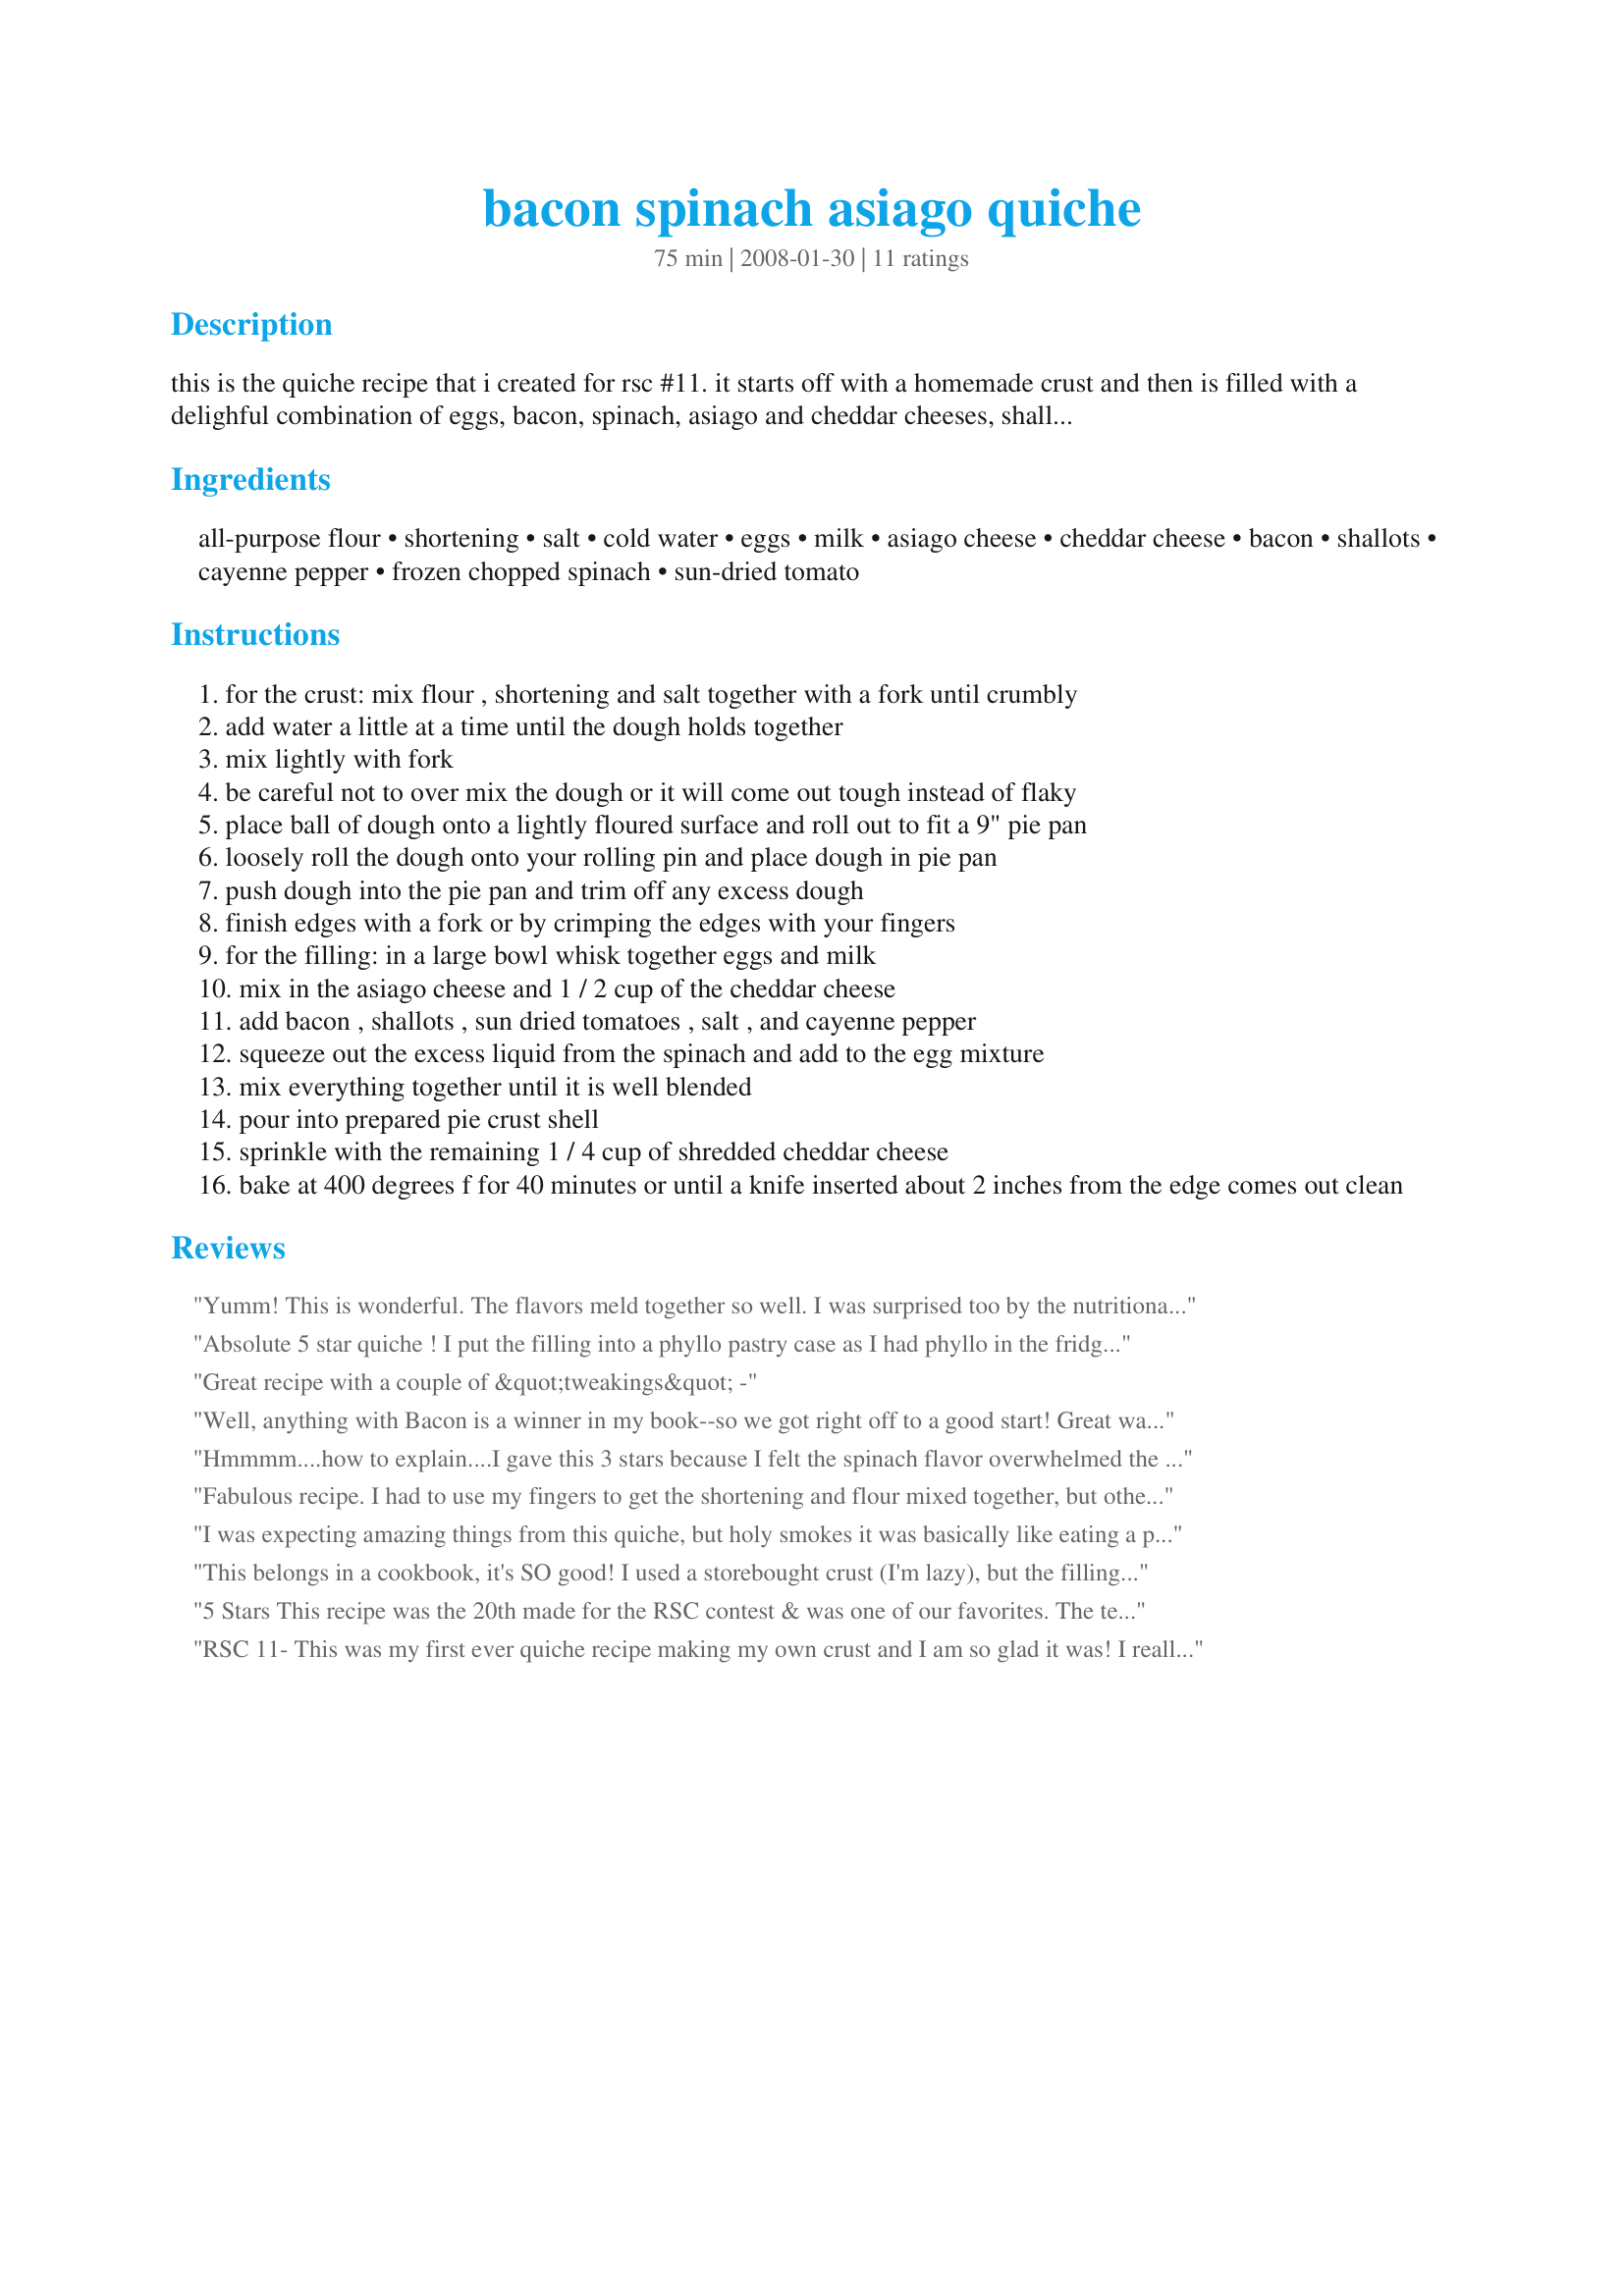
bacon spinach asiago quiche
Preparation time: 75 minutes

this is the quiche recipe that i created for rsc #11. it starts off with a homemade crust and then is filled with a delighful combination of eggs, bacon, spinach, asiago and cheddar cheeses, shallots or green onions and sun dried tomatoes.

Ingredients:
all-purpose flour, shortening, salt, cold water, eggs, milk, asiago cheese, cheddar cheese, bacon, shallots, cayenne pepper, frozen chopped spinach, sun-dried tomato

Steps:
for the crust: mix flour , shortening and salt together with a fork until crumbly
add water a little at a time until the dough holds together
mix lightly with fork
be careful not to over mix the dough or it will come out tough instead of flaky
place ball of dough onto a lightly floured surface and roll out to fit a 9" pie pan
loosely roll the dough onto your rolling pin and place dough in pie pan
push dough into the pie pan and trim off any excess dough
finish edges with a fork or by crimping the edges with your fingers
for the filling: in a large bowl whisk together eggs and milk
mix in the asiago cheese and 1 / 2 cup of the cheddar cheese
add bacon , shallots , sun dried tomatoes , salt , and cayenne pepper
squeeze out the excess liquid from the spinach and add to the egg mixture
mix everything together until it is well blended
pour into prepared pie crust shell
sprinkle with the remaining 1 / 4 cup of shredded cheddar cheese
bake at 400 degrees f for 40 minutes or until a knife inserted about 2 inches from the edge comes out clean

Reviews:
Yumm! This is wonderful. The flavors meld together so well. I was surprised too by the nutritional info. With bacon and cheese I would have thought the fat and calorie content would have bee much higher. I will definitely keep this recipe on hand, absolutely marvelous :)
Absolute 5 star quiche ! I put the filling into a phyllo pastry case as I had phyllo in the fridge. My spinach was fresh and my cheese was cheddar. We all loved it so much.
Great recipe with a couple of &quot;tweakings&quot; -
Well, anything with Bacon is a winner in my book--so we got right off to a good start! Great way to start the day, too--the filling is very tasty and, well, filling! :-) Leftovers were good the next day, too. Directions are well-written and clear--a BIG plus in my book! I hope you win! *RSC Winter 2008*
Hmmmm....how to explain....I gave this 3 stars because I felt the spinach flavor overwhelmed the other flavors and there wasn't quite enough egg mixture. Bacon, cheese, and sun-dried tomato flavors aren't strong enough to take on spinach by themselves. If I were to make it again I would add something like sauteed mushrooms or ham to add a stronger flavor to balance the spinach. I'd also bump up the amount of egg mixture - personal preference for quiche consistency. Thanks for entering this recipe.
Fabulous recipe. I had to use my fingers to get the shortening and flour mixed together, but other than that followed the recipe exactly. Great amount of the ingredients and everything blended well together.
I was expecting amazing things from this quiche, but holy smokes it was basically like eating a package of bacon! I may try the base of this again but will make my own alterations to suit our tastes. Thanks for posting it though, others seem to have really enjoyed it! :)
This belongs in a cookbook, it's SO good! I used a storebought crust (I'm lazy), but the filling was outstanding. The only changes I made was using a Mexican 4-cheese blend instead of Cheddar (all I had on hand) and an 1/8 of tsp cayenne instead of 1/2 tsp. For the bacon, I used Recipe #208501, which made prep even easier. I will definitely be making this again. Thanks for a keeper!
5 Stars This recipe was the 20th made for the RSC contest & was one of our favorites. The texture was nice; it baked up in the time stated & above all, was delicious. No single flavor was over-powering of the others; they blended together perfectly. I did have to make a couple changes. I used scant amounts of cheese in the mixture & only sprinkled cheese on one half of the top (DH preference), & I threw in 3 extra slices of bacon so I could use up the whole package. We will be making this one again. Made, enjoyed & reviewed for RSC#11, January 2008.
RSC 11- This was my first ever quiche recipe making my own crust and I am so glad it was! I really enjoyed this recipe. The flavors were distinct yet not overpowering of the others. I did not use the cayenne pepper as I do not eat spicy, however I did have out for Dh to add to his piece. I had always been too nervous make a strata but now can expand my horizons again thanks to zaar and the great chefs here. Thank you for a great recipe.
I love quiche, and knew as soon as I saw this recipe I was going to make it. It is terrific. I make quiche w/out the crust, but may change that now. I'm always trying to find ways to cut fat, and this recipe has all the taste including a great crust and low fat to boot! Loved it! Good luck in the Contest! ~V
